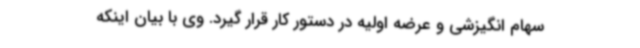
سهام انگیزشی و عرضه اولیه در دستور کار قرار گیرد. وی با بیان اینکه